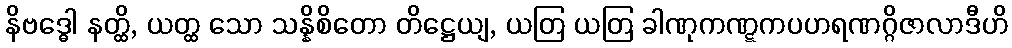
နိဗဒ္ဓေါ နတ္ထိ, ယတ္ထ သော သန္နိစိတော တိဋ္ဌေယျ, ယတြ ယတြ ခါဏုကဏ္ဋကပဟရဏဂ္ဂိဇာလာဒီဟိ